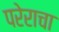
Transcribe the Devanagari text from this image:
परेराचा